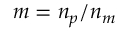
m = n _ { p } / n _ { m }